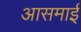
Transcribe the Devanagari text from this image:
आसमाई